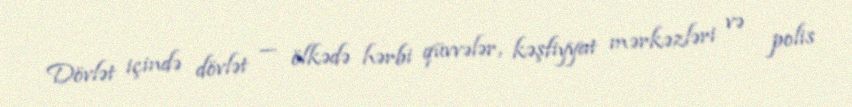
Dövlət içində dövlət — ölkədə hərbi qüvvələr, kəşfiyyat mərkəzləri və polis